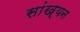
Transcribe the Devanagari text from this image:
सांख्यन